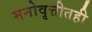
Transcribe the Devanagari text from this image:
मनोवृत्तीतही